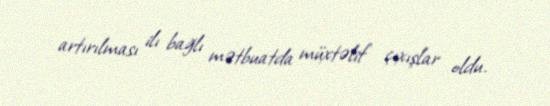
artırılması ilı bağlı mətbuatda müxtəlif çıxışlar oldu.